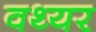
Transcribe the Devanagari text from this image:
वथ्यर